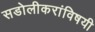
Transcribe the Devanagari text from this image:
सडोलीकरांविषयी